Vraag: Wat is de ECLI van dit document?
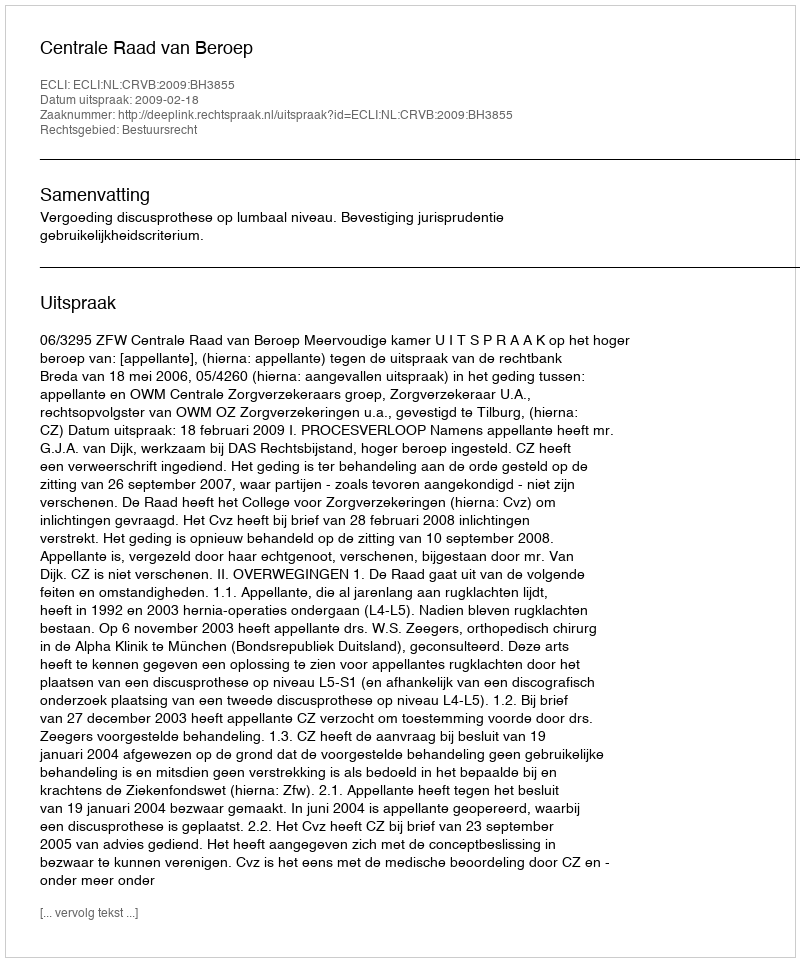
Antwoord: ECLI:NL:CRVB:2009:BH3855